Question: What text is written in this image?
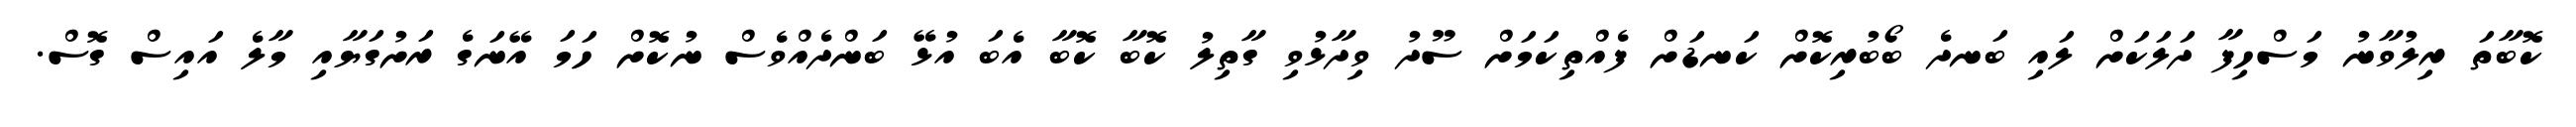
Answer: ކޮބާތަ ރިލުވާނު މަސްހިފާ ދަލަކަށް ލައި ބަނދެ ބޯބުރިކޮށް ކަނޑަށް ފެއްތިކަމަށް ސޫދު ވިދާޅުވި ގާތިލު ކޮބާ ކޮބާ އެބަ އުޅޭ ބަންދެއްވެސް ނުކޮށް ހަމަ އޭނަގެ ރަށުގަޔާއި މާލެ އައިސް ގޮސް.